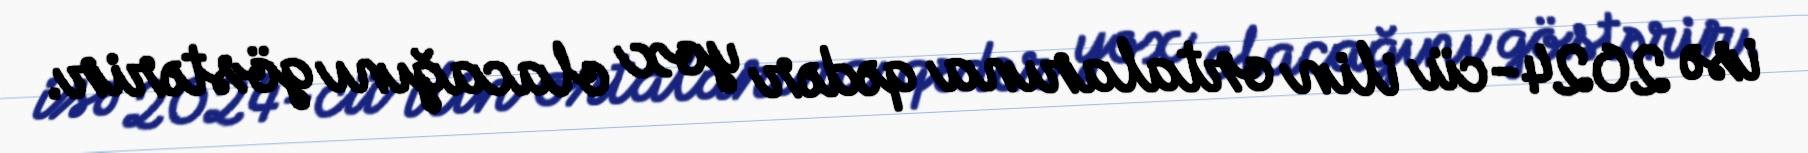
isə 2024-cü ilin ortalarına qədər yox olacağını göstərir.